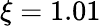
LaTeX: \xi=1.01